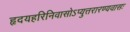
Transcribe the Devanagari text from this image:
हृदयहरिनिवासोऽप्युत्तरारण्यवासः